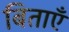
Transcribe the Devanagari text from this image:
बिताएँ